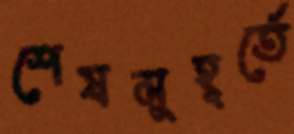
শেষমুহূর্তে